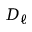
D _ { \ell }